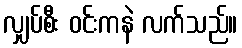
လျှပ်စီး ဝင်းကနဲ လက်သည်။